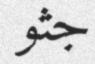
جثو